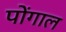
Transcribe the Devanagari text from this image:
पोंगाल